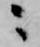
ニ